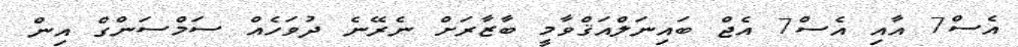
އެސް7 އާއި އެސް7 އެޖް ބައިނަލްއަޤްވާމީ ބާޒާރަށް ނެރޭނެ ދުވަހެއް ސަމްސަންގް އިން